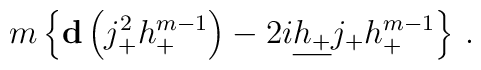
m\left\{ {\bf d}\left(j_+^2 h_+^{m-1}\right) - 2i\underline{h_+}j_+ h_+^{m-1} \right\}\,.